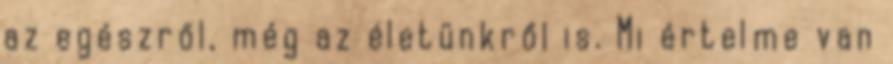
az egészről, még az életünkről is. Mi értelme van